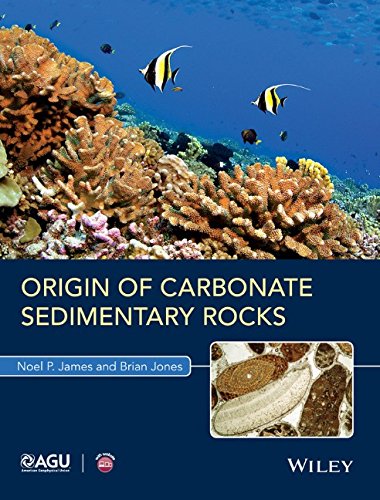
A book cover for Origin of Carbonate Sedimentary Rocks (Wiley Works); Noel P. James; Science & Math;